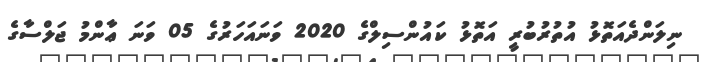
ނިލަންދެއަތޮޅު އުތުރުބުރީ އަތޮޅު ކައުންސިލްގެ 2020 ވަނައަހަރުގެ 05 ވަނަ ޢާންމު ޖަލްސާގެ